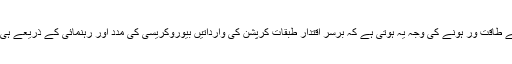
بیوروکریسی کے طاقت ور ہونے کی وجہ یہ ہوتی ہے کہ برسر اقتدار طبقات کرپشن کی وارداتیں بیوروکریسی کی مدد اور رہنمائی کے ذریعے ہی انجام دیتے ہیں۔